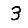
Digit: 3